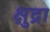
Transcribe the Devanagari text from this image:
क्षुद्रा